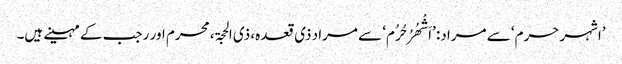
’اشہر حرم‘ سے مراد: ’اَشْھُرُ حُرُم‘ سے مراد ذی قعدہ، ذی الحجۃ، محرم اور رجب کے مہینے ہیں۔